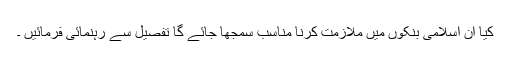
کیا ان اسلامی بنکوں میں ملازمت کرنا مناسب سمجھا جائے گا تفصیل سے رہنمائی فرمائیں ۔